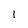
Character: 1